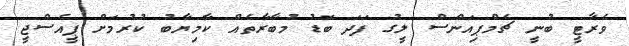
ވެރާޓީ ބުނީ ޗެމްޕިއަންސް ލީގު ފަދަ ބޮޑު މުބާރާތެއް ކާމިޔާބު ކުރުމަށް ޕީއެސްޖީ